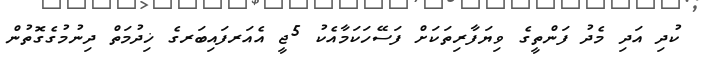
ކުދި އަދި މެދު ފަންތީގެ ވިޔަފާރިތަކަށް ފަސޭހަކަމާއެކު 5ޖީ އެއަރފައިބަރގެ ޚިދުމަތް ދިނުމުގެގޮތުން